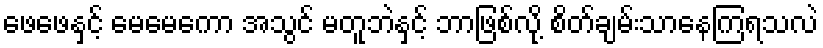
ဖေဖေနှင့် မေမေကော အသွင် မတူဘဲနှင့် ဘာဖြစ်လို့ စိတ်ချမ်းသာနေကြရသလဲ